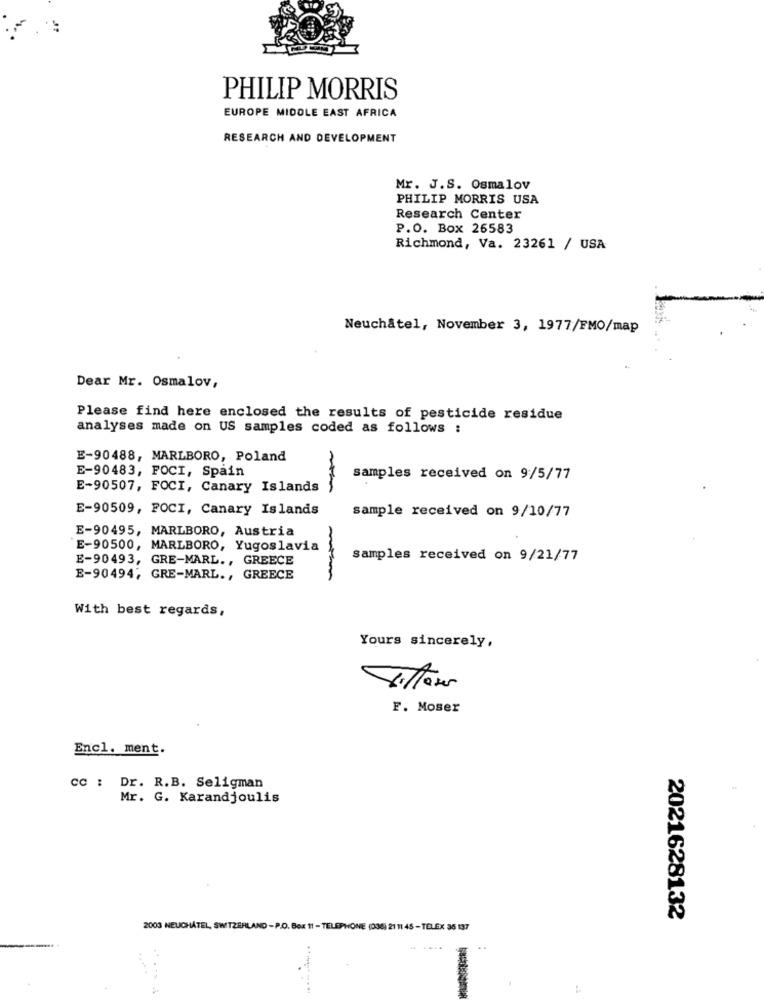
PHILIP MORRIS
EUROPE MIDDLE EAST AFRICA
RESEARCH AND DEVELOPMENT
Mr. J.S. Osmalov
PHILIP MORRIS USA
Research Center
P.O. Box 26583
Richmond, Va. 23261 / USA
Neuchâtel, November 3, 1977/FMO/map
Dear Mr. Osmalov,
Please find here enclosed the results of pesticide residue
analyses made on US samples coded as follows :
E-90488, MARLBORO, Poland
E-90483, FOCI, Spain
samples received on 9/5/77
E-90507, FOCI, Canary Islands
E-90509, FOCI, Canary Islands
sample received on 9/10/77
E-90495, MARLBORO, Austria
E-90500, MARLBORO, Yugoslavia
E-90493, GRE-MARL ., GREECE
samples received on 9/21/77
E-90494; GRE-MARL ., GREECE
With best regards,
Yours sincerely,
F. Moser
Encl. ment.
CC : Dr. R.B. Seligman
Mr. G. Karandjoulis
2021628132
2003 NEUCHATEL, SWITZERLAND - P.O. Box 11 - TELEPHONE (036) 21 11 45 - TELEX 35 137